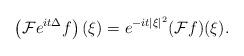
LaTeX: \begin{align*} \left(\mathcal{F} e^{it\Delta}f\right)(\xi)=e^{-it|\xi|^2}(\mathcal{F} f)(\xi).\end{align*}